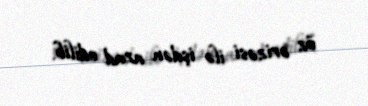
öz ərizəsi ilə işdən azad edilib.